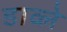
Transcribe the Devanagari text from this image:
डाव्ले